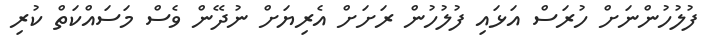
ފުލުހުންނަށް ހުރަސް އަޅައި ފުލުހުން ރަށަށް އެރިޔަށް ނުދޭން ވެސް މަސައްކަތް ކުރި